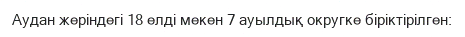
Аудан жеріндегі 18 елді мекен 7 ауылдық округке біріктірілген: